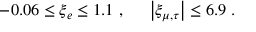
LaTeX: - 0 . 0 6 \leq \xi _ { e } \leq 1 . 1 ~ , ~ ~ ~ ~ \left| \xi _ { \mu , \tau } \right| \leq 6 . 9 ~ .